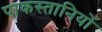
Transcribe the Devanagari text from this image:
पाकस्तानियों